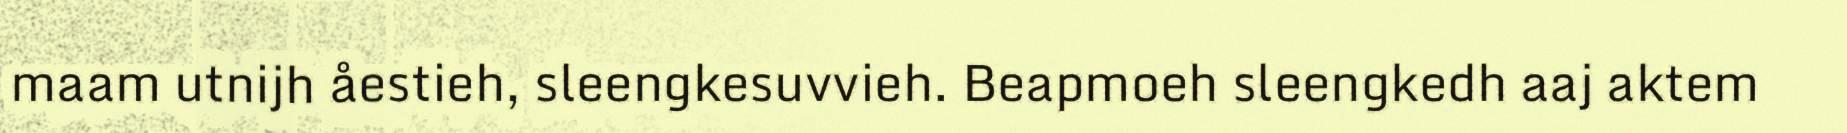
maam utnijh åestieh, sleengkesuvvieh. Beapmoeh sleengkedh aaj aktem